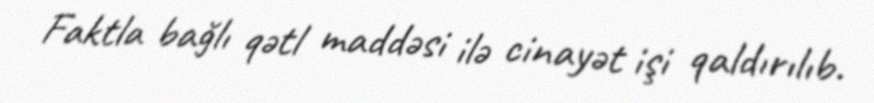
Faktla bağlı qətl maddəsi ilə cinayət işi qaldırılıb.